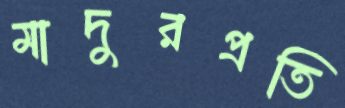
মাদুরপ্রতি